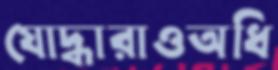
যোদ্ধারাওঅধি